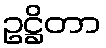
ဥဋ္ဌိတာ